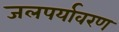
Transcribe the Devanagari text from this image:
जलपर्यावरण